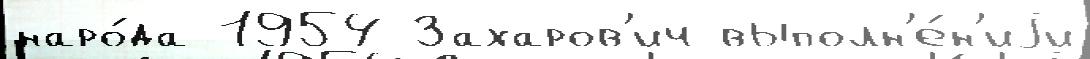
наро́да 1954 Захаров'ич выполн'е́н'иjи